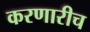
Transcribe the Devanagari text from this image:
करणारीच